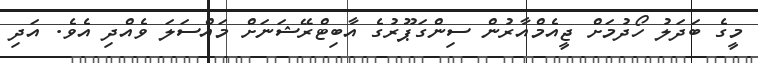
މީގެ ބަދަލު ހޯދުމަށް ޖީއެމްއާރުން ސިންގަޕޫރުގެ އާބިޓްރޭޝަނަށް މައްސަލަ ވެއްދި އެވެ. އަދި